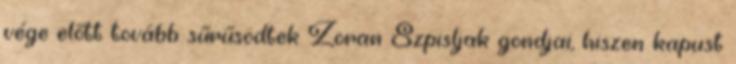
vége előtt tovább sűrűsödtek Zoran Szpisljak gondjai, hiszen kapust